Lunatic asylums United Provinces 1909-1921 - 1909-1921
Year: 1909
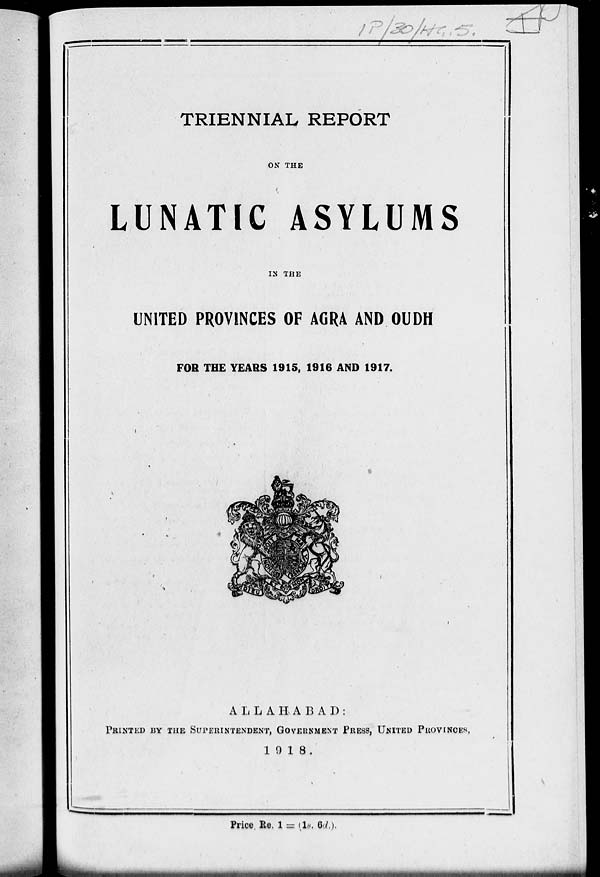
TRIENNIAL REPORT
ON THE
LUNATIC ASYLUMS
IN THE
UNITED PROVINCES OF AGRA AND OUDH
FOR THE YEARS 1915, 1916 AND 1917.
ALLAHABAD:
PRINTED BY THE SUPERINTENDENT, GOVERNMENT PRESS, UNITED PROVINCES,
1918.
Price. Re. 1 = (1s. 6d.).